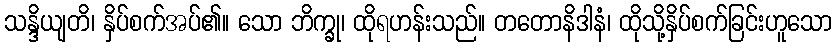
သန္ဒိယျတိ၊ နှိပ်စက်အပ်၏။ သော ဘိက္ခု၊ ထိုရဟန်းသည်။ တတောနိဒါနံ၊ ထိုသို့နှိပ်စက်ခြင်းဟူသော